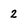
Character: 2